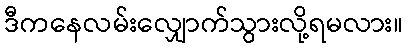
ဒီကနေလမ်းလျှောက်သွားလို့ရမလား။